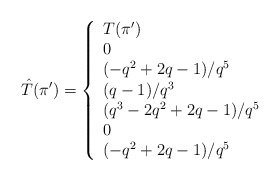
\begin{align*}\hat{T}(\pi') = \left\{\begin{array}{l l}T(\pi') & \\0 & \\(-q^2+2q-1)/q^5 & \\(q-1)/q^3 & \\(q^3-2q^2+2q-1)/q^5 & \\0 & \\(-q^2+2q-1)/q^5 & \end{array} \right. \end{align*}